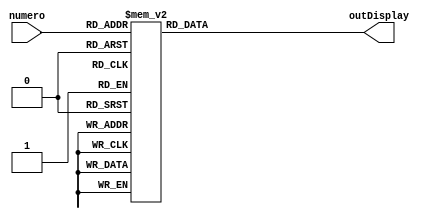
module display7segmentos(numero, outDisplay);	

	input [3:0] numero;
	output reg [6:0] outDisplay;
	
	always@(*)
		case(numero)
			4'b0000 : outDisplay = ~7'b1111110;
			4'b0001 : outDisplay = ~7'b0110000;
			4'b0010 : outDisplay = ~7'b1101101;
			4'b0011 : outDisplay = ~7'b1111001;
			4'b0100 : outDisplay = ~7'b0110011;
			4'b0101 : outDisplay = ~7'b1011011;
			4'b0110 : outDisplay = ~7'b1011111;
			4'b0111 : outDisplay = ~7'b1110000;
			4'b1000 : outDisplay = ~7'b1111111;
			4'b1001 : outDisplay = ~7'b1111011;
			4'b1011 : outDisplay = ~7'b0000001;// -- ---- --
			default : outDisplay = ~7'b0000000;
		endcase

endmodule